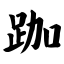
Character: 跏